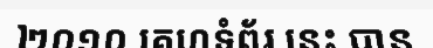
២០១០ គេហទំព័រ នេះ បាន